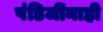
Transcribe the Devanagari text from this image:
पंडिजींनाही